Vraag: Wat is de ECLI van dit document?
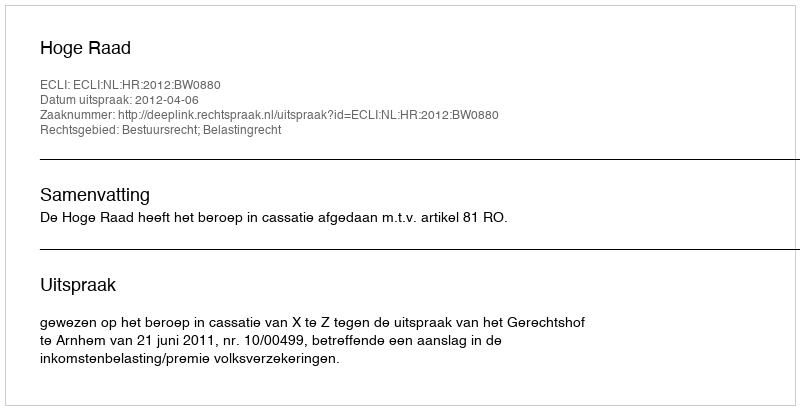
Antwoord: ECLI:NL:HR:2012:BW0880